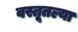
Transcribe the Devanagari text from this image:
वस्तूतल्या